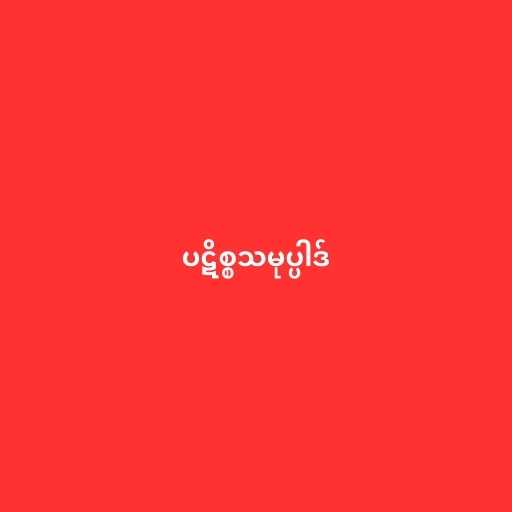
ပဋိစ္စသမုပ္ပါဒ်